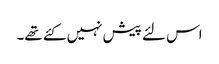
اس لئے پیش نہیں کئے تھے۔